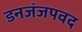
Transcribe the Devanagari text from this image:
डनजंजपवद